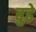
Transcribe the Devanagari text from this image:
बुढे